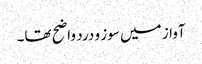
آواز میں سوز و درد واضح تھا۔